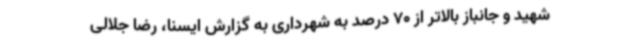
شهید و جانباز بالاتر از 70 درصد به شهرداری به گزارش ایسنا، رضا جلالی